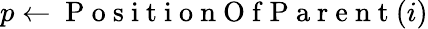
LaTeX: p\gets\mathrm{~P~o~s~i~t~i~o~n~O~f~P~a~r~e~n~t~}(i)